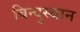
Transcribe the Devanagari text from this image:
बिन्दुस्थान